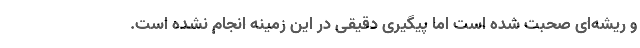
و‌ ریشه‌ای صحبت شده است اما پیگیری دقیقی در این زمینه انجام نشده است.